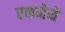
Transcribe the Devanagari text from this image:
रकमेने